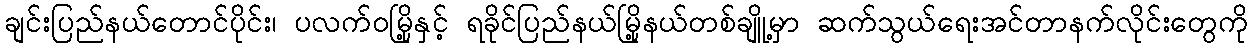
ချင်းပြည်နယ်တောင်ပိုင်း၊ ပလက်၀မြို့နှင့် ရခိုင်ပြည်နယ်မြို့နယ်တစ်ချိူ့မှာ ဆက်သွယ်ရေးအင်တာနက်လိုင်းတွေကို